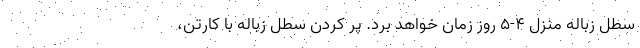
سطل زباله منزل ۴-۵ روز زمان خواهد برد. پر کردن سطل زباله با کارتن،